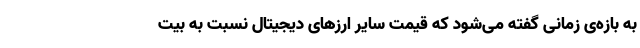
به بازه‌ی زمانی گفته می‌شود که قیمت سایر ارزهای دیجیتال نسبت به بیت